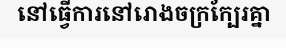
នៅធ្វើការនៅរោងចក្រក្បែរគ្នា